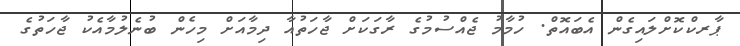
ޕާރކްކޮށްލައިގެން އެބައޮތް. ހުމާމު ޖެއްސުމުގެ ރާގަކަށް ޖާހަތުއާ ދިމާއަށް މިހެން ބުނެލުމާއެކު ޖާހަތުގެ